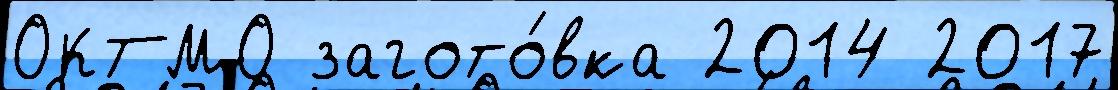
ОКТМО загото́вка 2014 2017